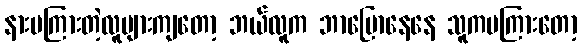
နားမကြားတဲ့လူများကျတော့ ဘယ်လူက ဘာပြောနေနေ သူကမကြားတော့